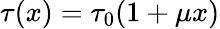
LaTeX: \tau(x)=\tau_{0}(1+\mu x)